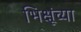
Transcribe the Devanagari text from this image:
भिक्षूंच्या